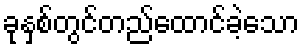
ခုနှစ်တွင်တည်ထောင်ခဲ့သော